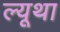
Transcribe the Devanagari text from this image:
ल्यूथा